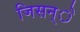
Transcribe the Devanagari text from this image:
जिसन्े